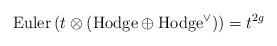
LaTeX: \begin{align*}\textup{Euler}\left(t \otimes \left(\textup{Hodge}\oplus \textup{Hodge}^\vee\right)\right) = t^{2g} \end{align*}